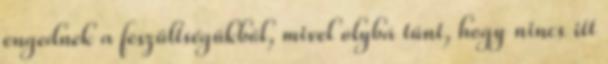
engednek a feszültségükből, mivel olybá tűnt, hogy nincs itt